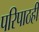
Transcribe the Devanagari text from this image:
परिपाठही